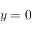
y = 0